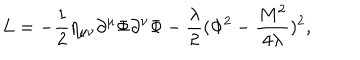
LaTeX: L = - \frac { 1 } { 2 } \eta _ { \mu \nu } \partial ^ { \mu } \Phi \partial ^ { \nu } \Phi - \frac { \lambda } { 2 } ( \Phi ^ { 2 } - \frac { M ^ { 2 } } { 4 \lambda } ) ^ { 2 } ,